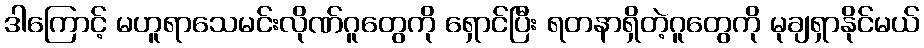
ဒါကြောင့် မဟူရာသေမင်းလိုဏ်ဂူတွေကို ရှောင်ပြီး ရတနာရှိတဲ့ဂူတွေကို မုချရှာနိုင်မယ်